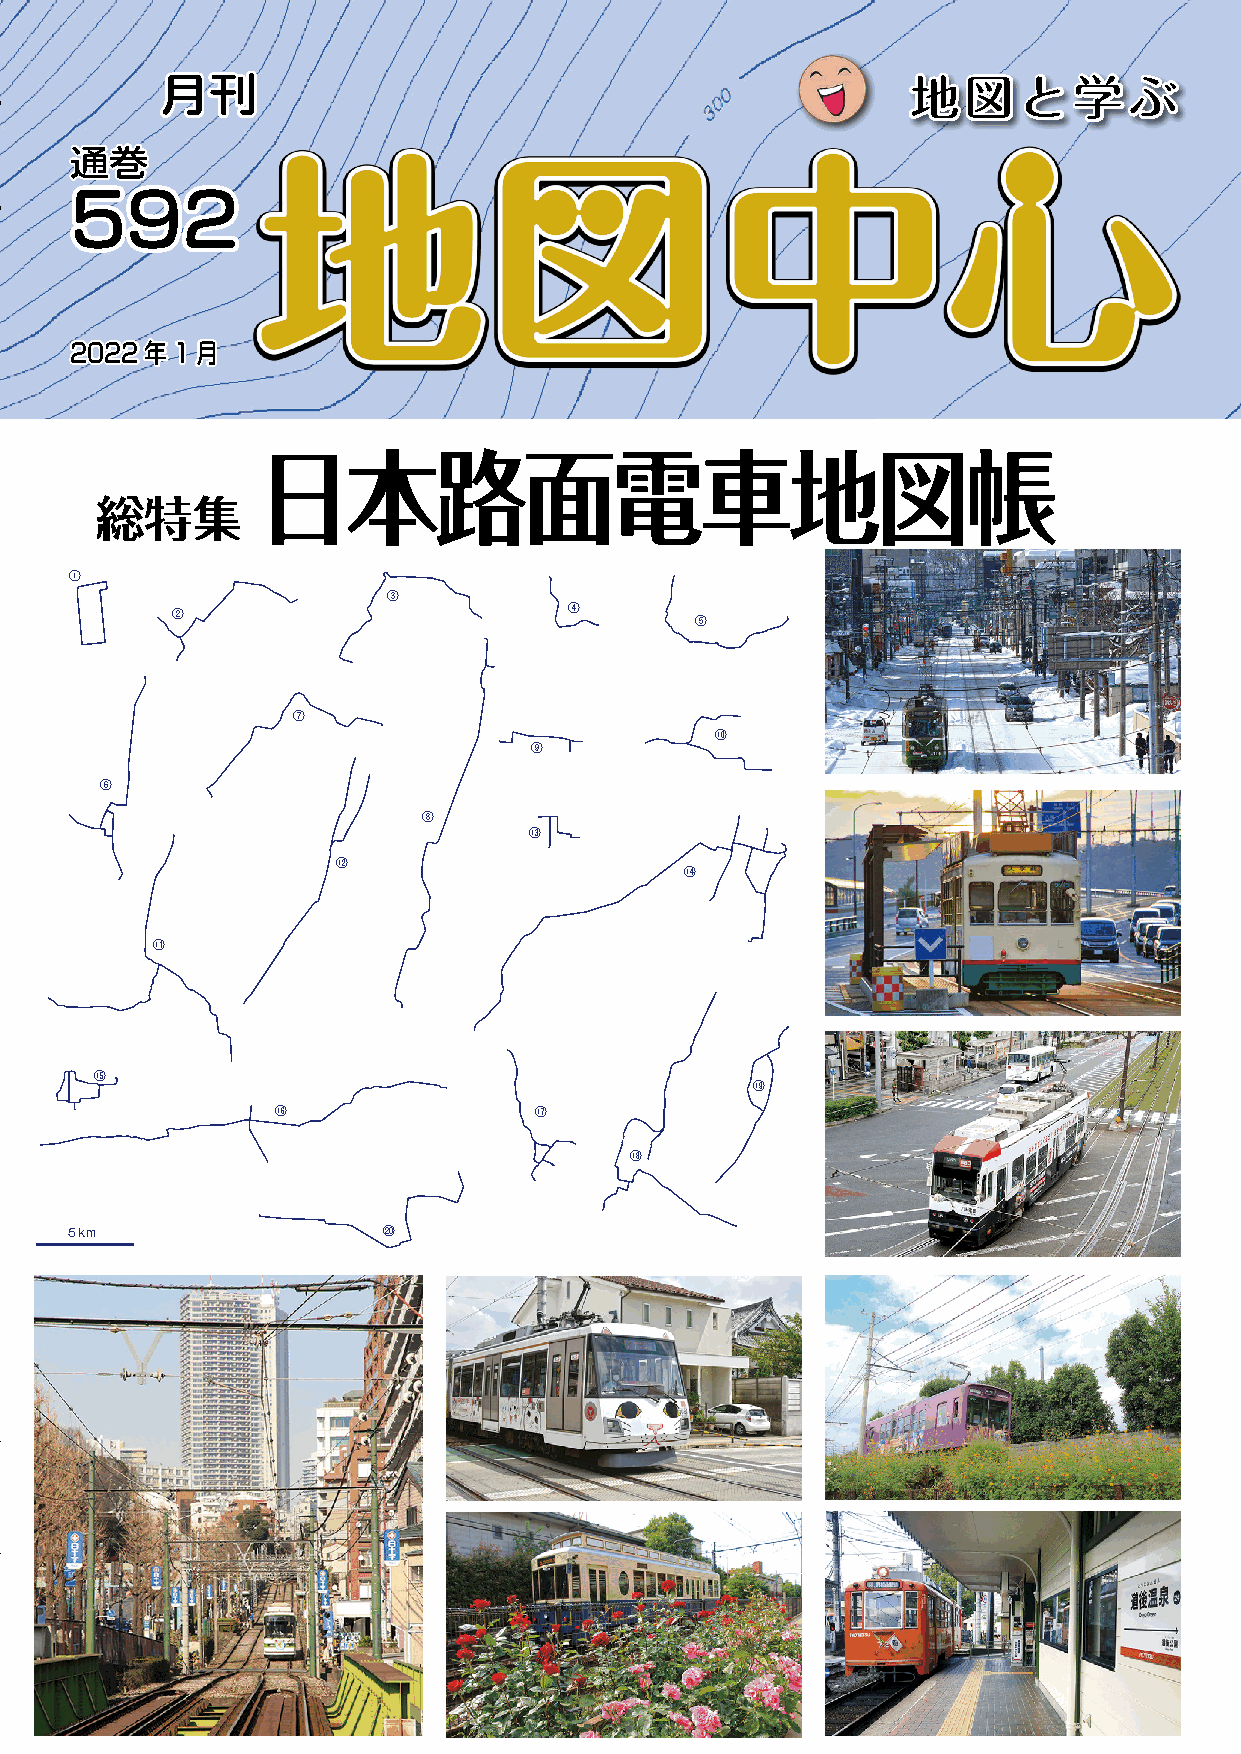
地          月月刊刊                                             地地図図とと学学ぶぶ
 図
 中    通通巻巻
 心    559922
 Ｖ
 Ｏ
 Ｌ    22002222年年11月月
 ・
 ５
 ９
 ２
 日日本本路路面面電電車車地地図図帳帳
 総総特特集集
 総
 特    ①
 ③
 集          ②                          ④
 ⑤
 日
 本
 路                  ⑦
 ⑩
 面                                  ⑨
 電      ⑥
 車
 ⑧
 ⑬
 地
 ⑫
 図                                            ⑭
 帳
 ⑪
 ⑮
 ⑲
 ⑯                ⑰
 ⑱
 ５km                  ⑳
 一
 般
 財
 団
 法
 人
 日
 本
 地
 図
 セ
 ン
 タ
 ー